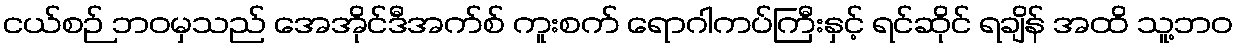
ငယ်စဉ် ဘဝမှသည် အေအိုင်ဒီအက်စ် ကူးစက် ရောဂါကပ်ကြီးနှင့် ရင်ဆိုင် ရချိန် အထိ သူ့ဘဝ